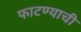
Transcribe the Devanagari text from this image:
फाटण्याची